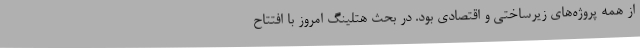
از همه پروژه‌های زیرساختی و اقتصادی بود. در بحث هتلینگ امروز با افتتاح